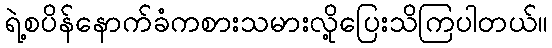
ရဲ့စပိန်နောက်ခံကစားသမားလို့ပြေးသိကြပါတယ်။